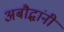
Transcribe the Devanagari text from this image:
अबौद्धांनी